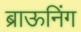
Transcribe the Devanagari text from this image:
ब्राऊनिंग